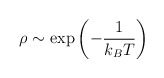
\begin{align*}\rho\sim \exp \left(-\frac{1}{k_{B}T}\right)\end{align*}